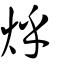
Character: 烀